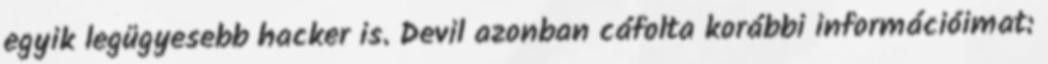
egyik legügyesebb hacker is. Devil azonban cáfolta korábbi információimat: